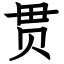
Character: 贯